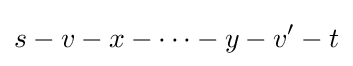
s-v-x-\cdots -y-v'-t